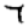
Digit: 7